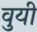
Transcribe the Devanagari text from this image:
वुयी